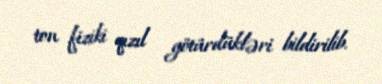
ton fiziki qızıl götürdükləri bildirilib.